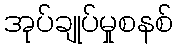
အုပ်ချုပ်မှုစနစ်